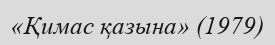
«Қимас қазына» (1979)